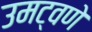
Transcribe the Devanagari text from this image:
उमट्वणे